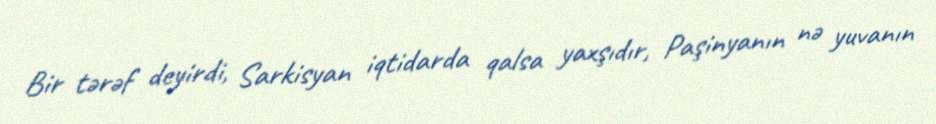
Bir tərəf deyirdi, Sarkisyan iqtidarda qalsa yaxşıdır, Paşinyanın nə yuvanın